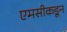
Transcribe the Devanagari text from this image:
एमसीकडून